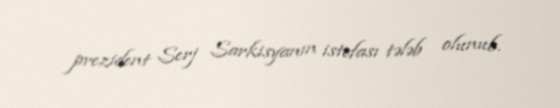
prezident Serj Sarkisyanın istefası tələb olunub.